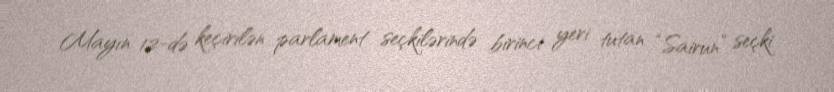
Mayın 12-də keçirilən parlament seçkilərində birinci yeri tutan “Sairun” seçki